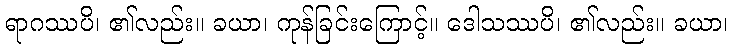
ရာဂဿပိ၊ ၏လည်း။ ခယာ၊ ကုန်ခြင်းကြောင့်။ ဒေါသဿပိ၊ ၏လည်း။ ခယာ၊